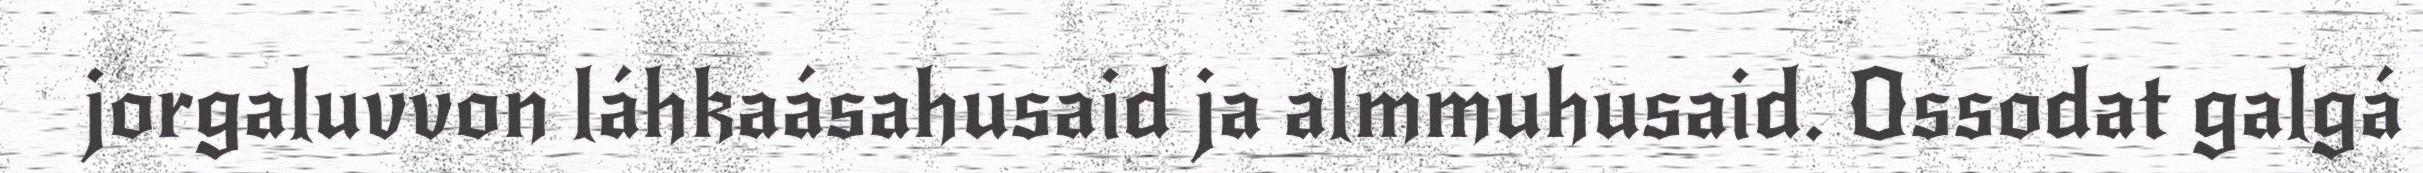
jorgaluvvon láhkaásahusaid ja almmuhusaid. Ossodat galgá